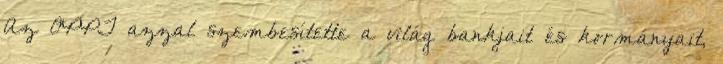
Az OPPT azzal szembesítette a világ bankjait és kormányait,